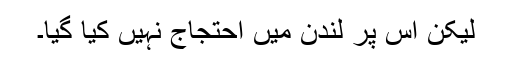
لیکن اس پر لندن میں احتجاج نہیں کیا گیا۔